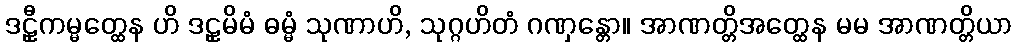
ဒဠှီကမ္မတ္ထေန ဟိ ဒဠှမိမံ ဓမ္မံ သုဏာဟိ, သုဂ္ဂဟိတံ ဂဏှန္တော။ အာဏတ္တိအတ္ထေန မမ အာဏတ္တိယာ